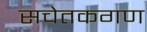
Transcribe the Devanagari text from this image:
सचेतकगण